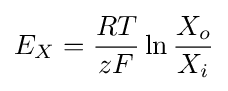
E_{X}={\frac {RT}{zF}}\ln {\frac {X_{o}}{X_{i}}}